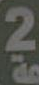
2.9